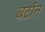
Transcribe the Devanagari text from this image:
बर्टोन